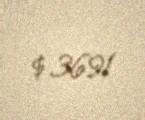
$ 3691